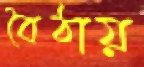
বৈঠায়